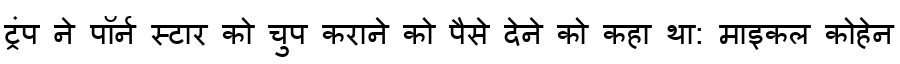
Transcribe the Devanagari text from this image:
ट्रंप ने पॉर्न स्टार को चुप कराने को पैसे देने को कहा था: माइकल कोहेन